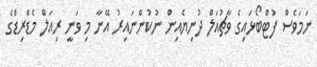
ނަމަވެސް ފުޓްބޯޅައިގެ ވާޗުއަލް ދުނިޔެއިން ނުކުންނައިރު އޭނާ މި ވަނީ ރިއަލް މެޑްރިޑްގެ